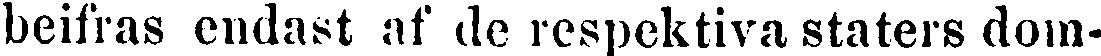
beifras endast af de respektiva staters dom-